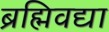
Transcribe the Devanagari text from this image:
ब्रह्मिवद्या